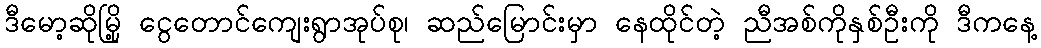
ဒီမော့ဆိုမြို့ ငွေတောင်ကျေးရွာအုပ်စု၊ ဆည်မြောင်းမှာ နေထိုင်တဲ့ ညီအစ်ကိုနှစ်ဦးကို ဒီကနေ့